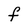
Character: f